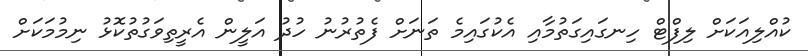
ކުއްލިއަކަށް ލިފްޓް ހިނގައިގަތުމާއި އެކުގައިމެ ތަނަށް ފެތުރުނު ހުދު އަލީން އެރީތިވަގުތުކޮޅު ނިމުމަކަށް